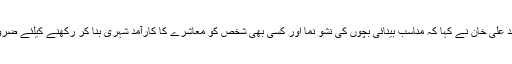
ڈاکٹر واجد علی خان نے کہا کہ مناسب بینائی بچوں کی نشو نما اور کسی بھی شخص کو معاشرے کا کارآمد شہری بنا کر رکھنے کیلئے ضروری ہے۔